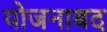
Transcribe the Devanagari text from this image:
योजनाबद